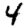
Digit: 4